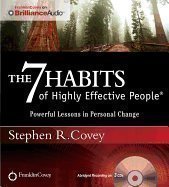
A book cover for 7 Habits of Highly Effective People, CD; Stephen R._by Covey; Parenting & Relationships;